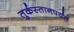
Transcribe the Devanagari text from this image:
तुर्कस्तानपर्यंत